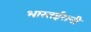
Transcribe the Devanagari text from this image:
भारतईरानी